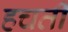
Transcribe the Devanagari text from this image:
हचती